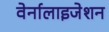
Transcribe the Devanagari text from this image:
वेर्नालाइजेशन